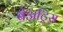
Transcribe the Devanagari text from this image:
बेअट्रिस